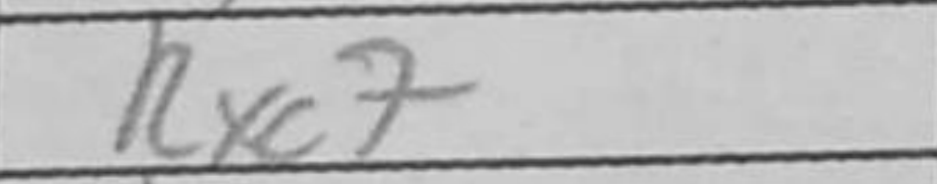
Transcription: Rxc7